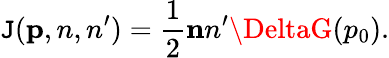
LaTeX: \mathtt{J}({\mathbf{p},n,n}^{\prime})=\frac{{1}}{{2}}{\mathbf{n}n}^{\prime}\DeltaG(p_{0}).